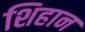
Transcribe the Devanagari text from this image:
शिहान